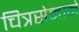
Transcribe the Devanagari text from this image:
चित्रसेनाने